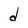
Character: d